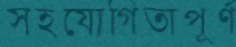
সহযোগিতাপূর্ণ